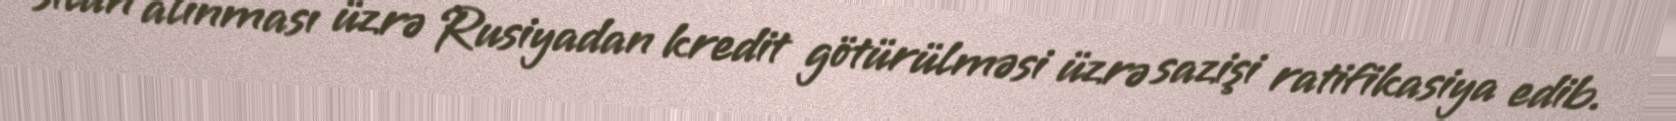
silah alınması üzrə Rusiyadan kredit götürülməsi üzrə sazişi ratifikasiya edib.